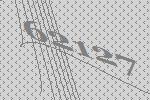
62127